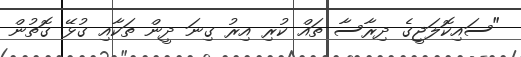
"ސައިކޮލަޖީގެ ދިރާސާ ތައް ކުރި އިރު ގިނަ ދީން ތަކާއި ގުޅޭ ގޮތުން